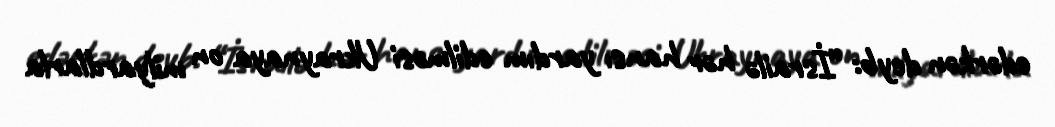
edərkən deyb: “İsrailə hər hansı yardım edilməsi Ukraynaya on milyardlarla